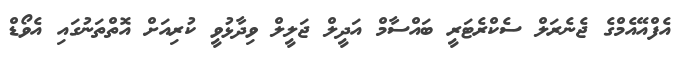
އެފްއޭއެމްގެ ޖެނެރަލް ސެކްރެޓަރީ ބައްސާމް އަދީލް ޖަލީލް ވިދާޅުވީ ކުރިއަށް އޮތްތަނުގައި އެވޯޑް